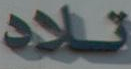
تلاد